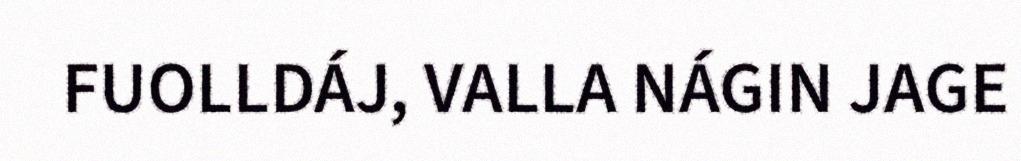
FUOLLDÁJ, VALLA NÁGIN JAGE